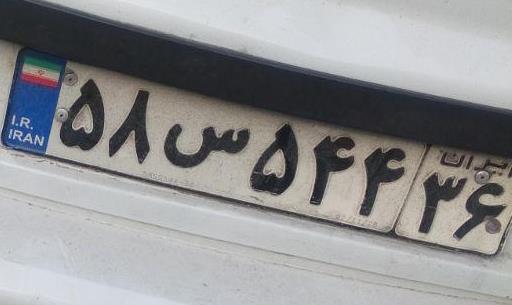
۵۸س۵۴۴۳۶